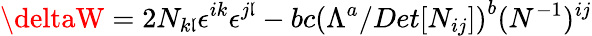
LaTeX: {\deltaW}=2N_{k\mathfrak{l}}\epsilon^{ik}\epsilon^{j\mathfrak{l}}-bc\left(\Lambda^{a}/Det[N_{ij}]\right)^{b}(N^{-1})^{ij}